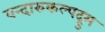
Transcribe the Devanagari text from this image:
वन्दारुकल्पद्रुम